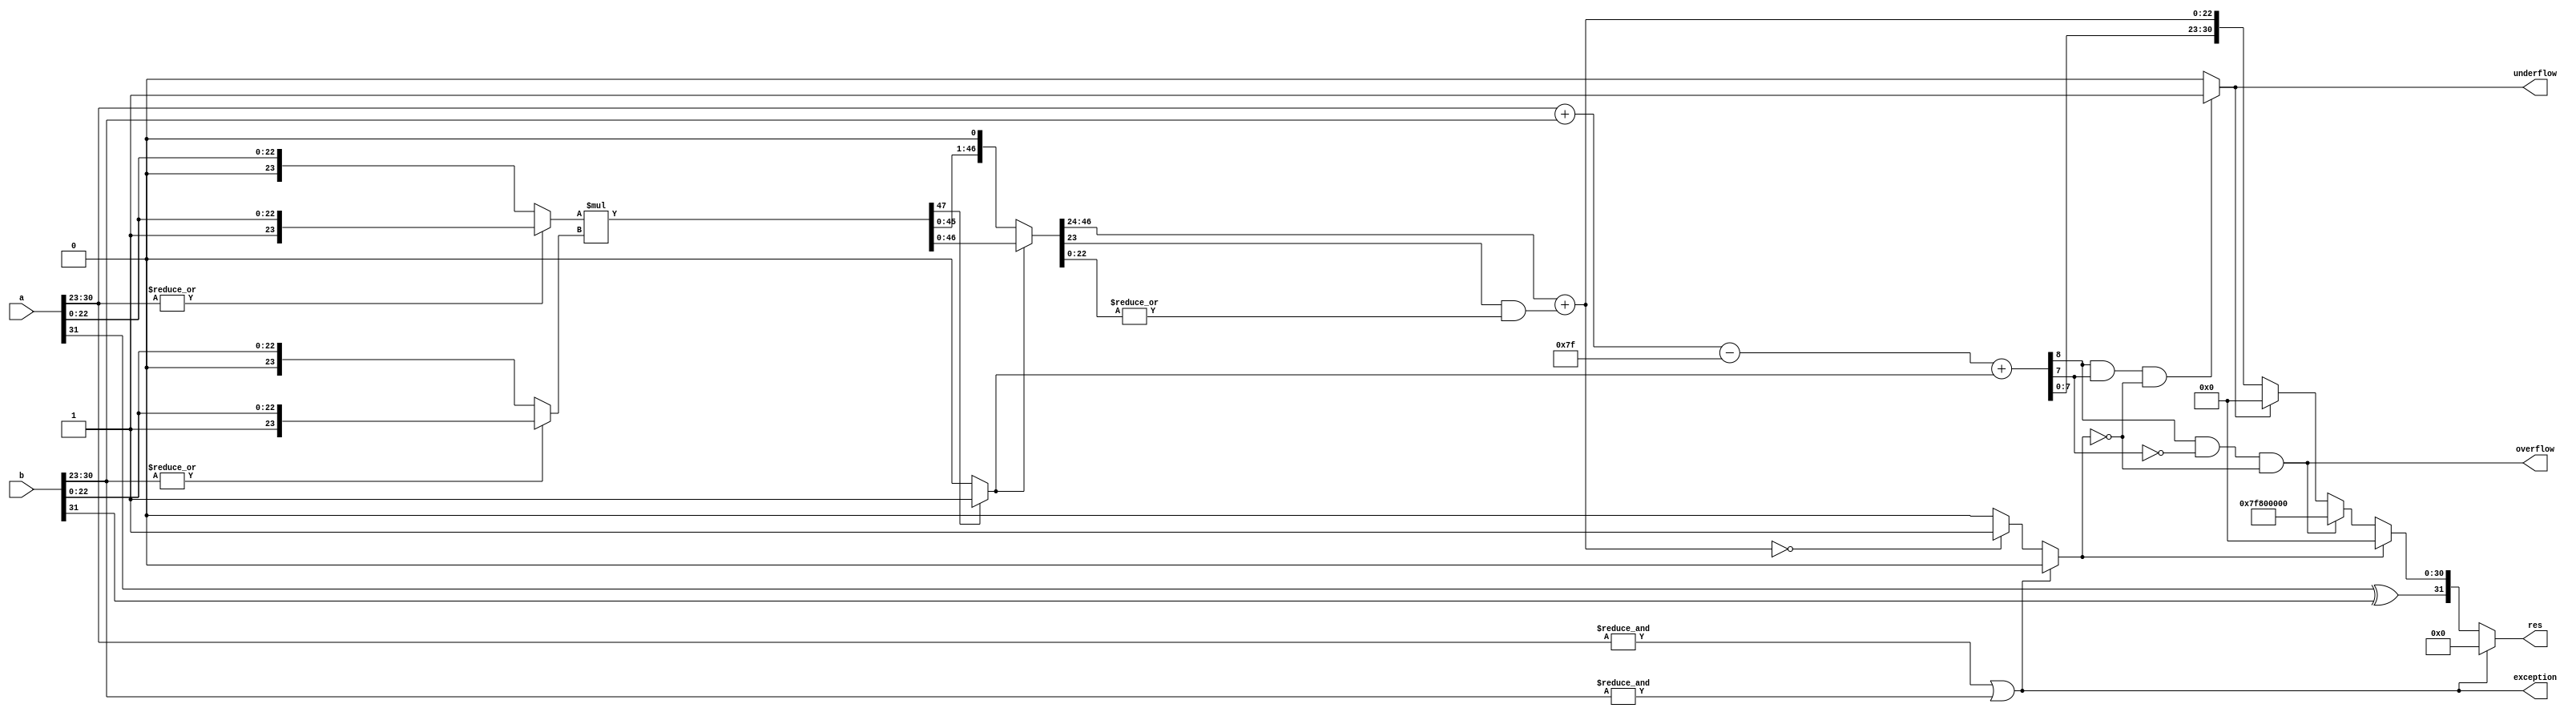
module Multiplication(input [31:0] a,input [31:0] b,output exception,overflow,underflow,output [31:0] res);

wire sign,round,normalised,zero;
wire [8:0] exponent,sum_exponent;
wire [22:0] product_mantissa;
wire [23:0] op_a,op_b;
wire [47:0] product,product_normalised; 


assign sign = a[31] ^ b[31];   													// XOR of 32nd bit
assign exception = (&a[30:23]) | (&b[30:23]);											// Execption sets to 1 when exponent of any a or b is 255
																// If exponent is 0, hidden bit is 0

assign op_a = (|a[30:23]) ? {1'b1,a[22:0]} : {1'b0,a[22:0]};
assign op_b = (|b[30:23]) ? {1'b1,b[22:0]} : {1'b0,b[22:0]};

assign product = op_a * op_b;													// Product
assign round = |product_normalised[22:0];  											// Last 22 bits are ORed for rounding off purpose
assign normalised = product[47] ? 1'b1 : 1'b0;	
assign product_normalised = normalised ? product : product << 1;								// Normalized value based on 48th bit
assign product_mantissa = product_normalised[46:24] + (product_normalised[23] & round); 					// Mantissa
assign zero = exception ? 1'b0 : (product_mantissa == 23'd0) ? 1'b1 : 1'b0;
assign sum_exponent = a[30:23] + b[30:23];
assign exponent = sum_exponent - 8'd127 + normalised;
assign overflow = ((exponent[8] & !exponent[7]) & !zero) ; 									// Overall exponent is greater than 255 then Overflow
assign underflow = ((exponent[8] & exponent[7]) & !zero) ? 1'b1 : 1'b0; 							// Sum of exponents is less than 255 then Underflow
assign res = exception ? 32'd0 : zero ? {sign,31'd0} : overflow ? {sign,8'hFF,23'd0} : underflow ? {sign,31'd0} : {sign,exponent[7:0],product_mantissa};

endmodule